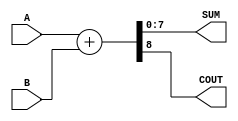
module parameterized_adder #(parameter WIDTH = 8) (
    input  wire [WIDTH-1:0] A,      // First input
    input  wire [WIDTH-1:0] B,      // Second input
    output wire [WIDTH-1:0] SUM,     // Sum output
    output wire COUT                // Carry-out output
);

    // Perform the addition
    assign {COUT, SUM} = A + B;

endmodule